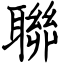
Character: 聯